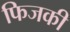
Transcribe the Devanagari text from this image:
फिजकी